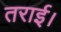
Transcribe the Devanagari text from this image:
तराई।